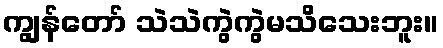
ကျွန်တော် သဲသဲကွဲကွဲမသိသေးဘူး။